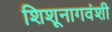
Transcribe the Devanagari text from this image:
शिशूनागवंशी